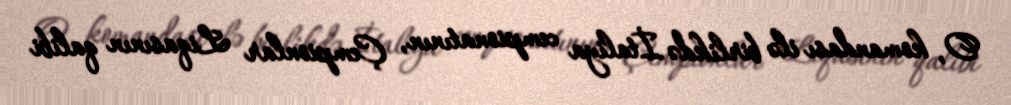
O, komandası ilə birlikdə İtaliya cempionatının, Çempionlar Liqasının qalibi